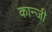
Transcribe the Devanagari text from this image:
कान्जी